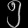
Digit: ၅